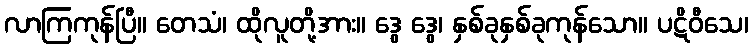
လာကြကုန်ပြီ။ တေသံ၊ ထိုလူတို့အား။ ဒွေ ဒွေ၊ နှစ်ခုနှစ်ခုကုန်သော။ ပဋိဝီသေ၊